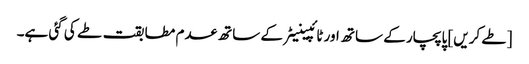
[طے کریں] پاپچار کے ساتھ اور ٹائپینیٹر کے ساتھ عدم مطابقت طے کی گئی ہے۔